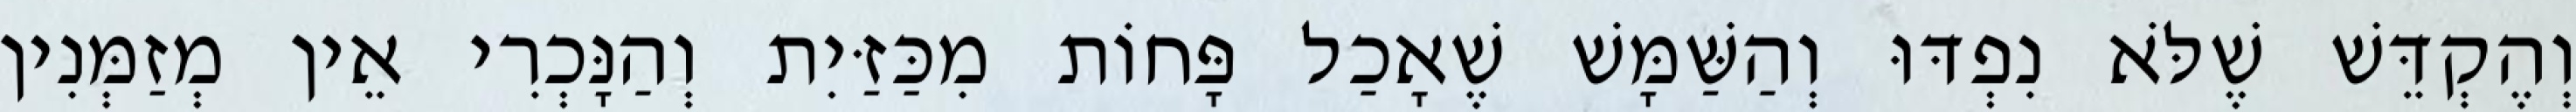
וְהֶקְדֵּשׁ שֶׁלֹּא נִפְדּוּ וְהַשַּׁמָּשׁ שֶׁאָכַל פָּחוֹת מִכַּזַּיִת וְהַנָּכְרִי אֵין מְזַמְּנִין